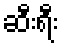
ဆီးရီး